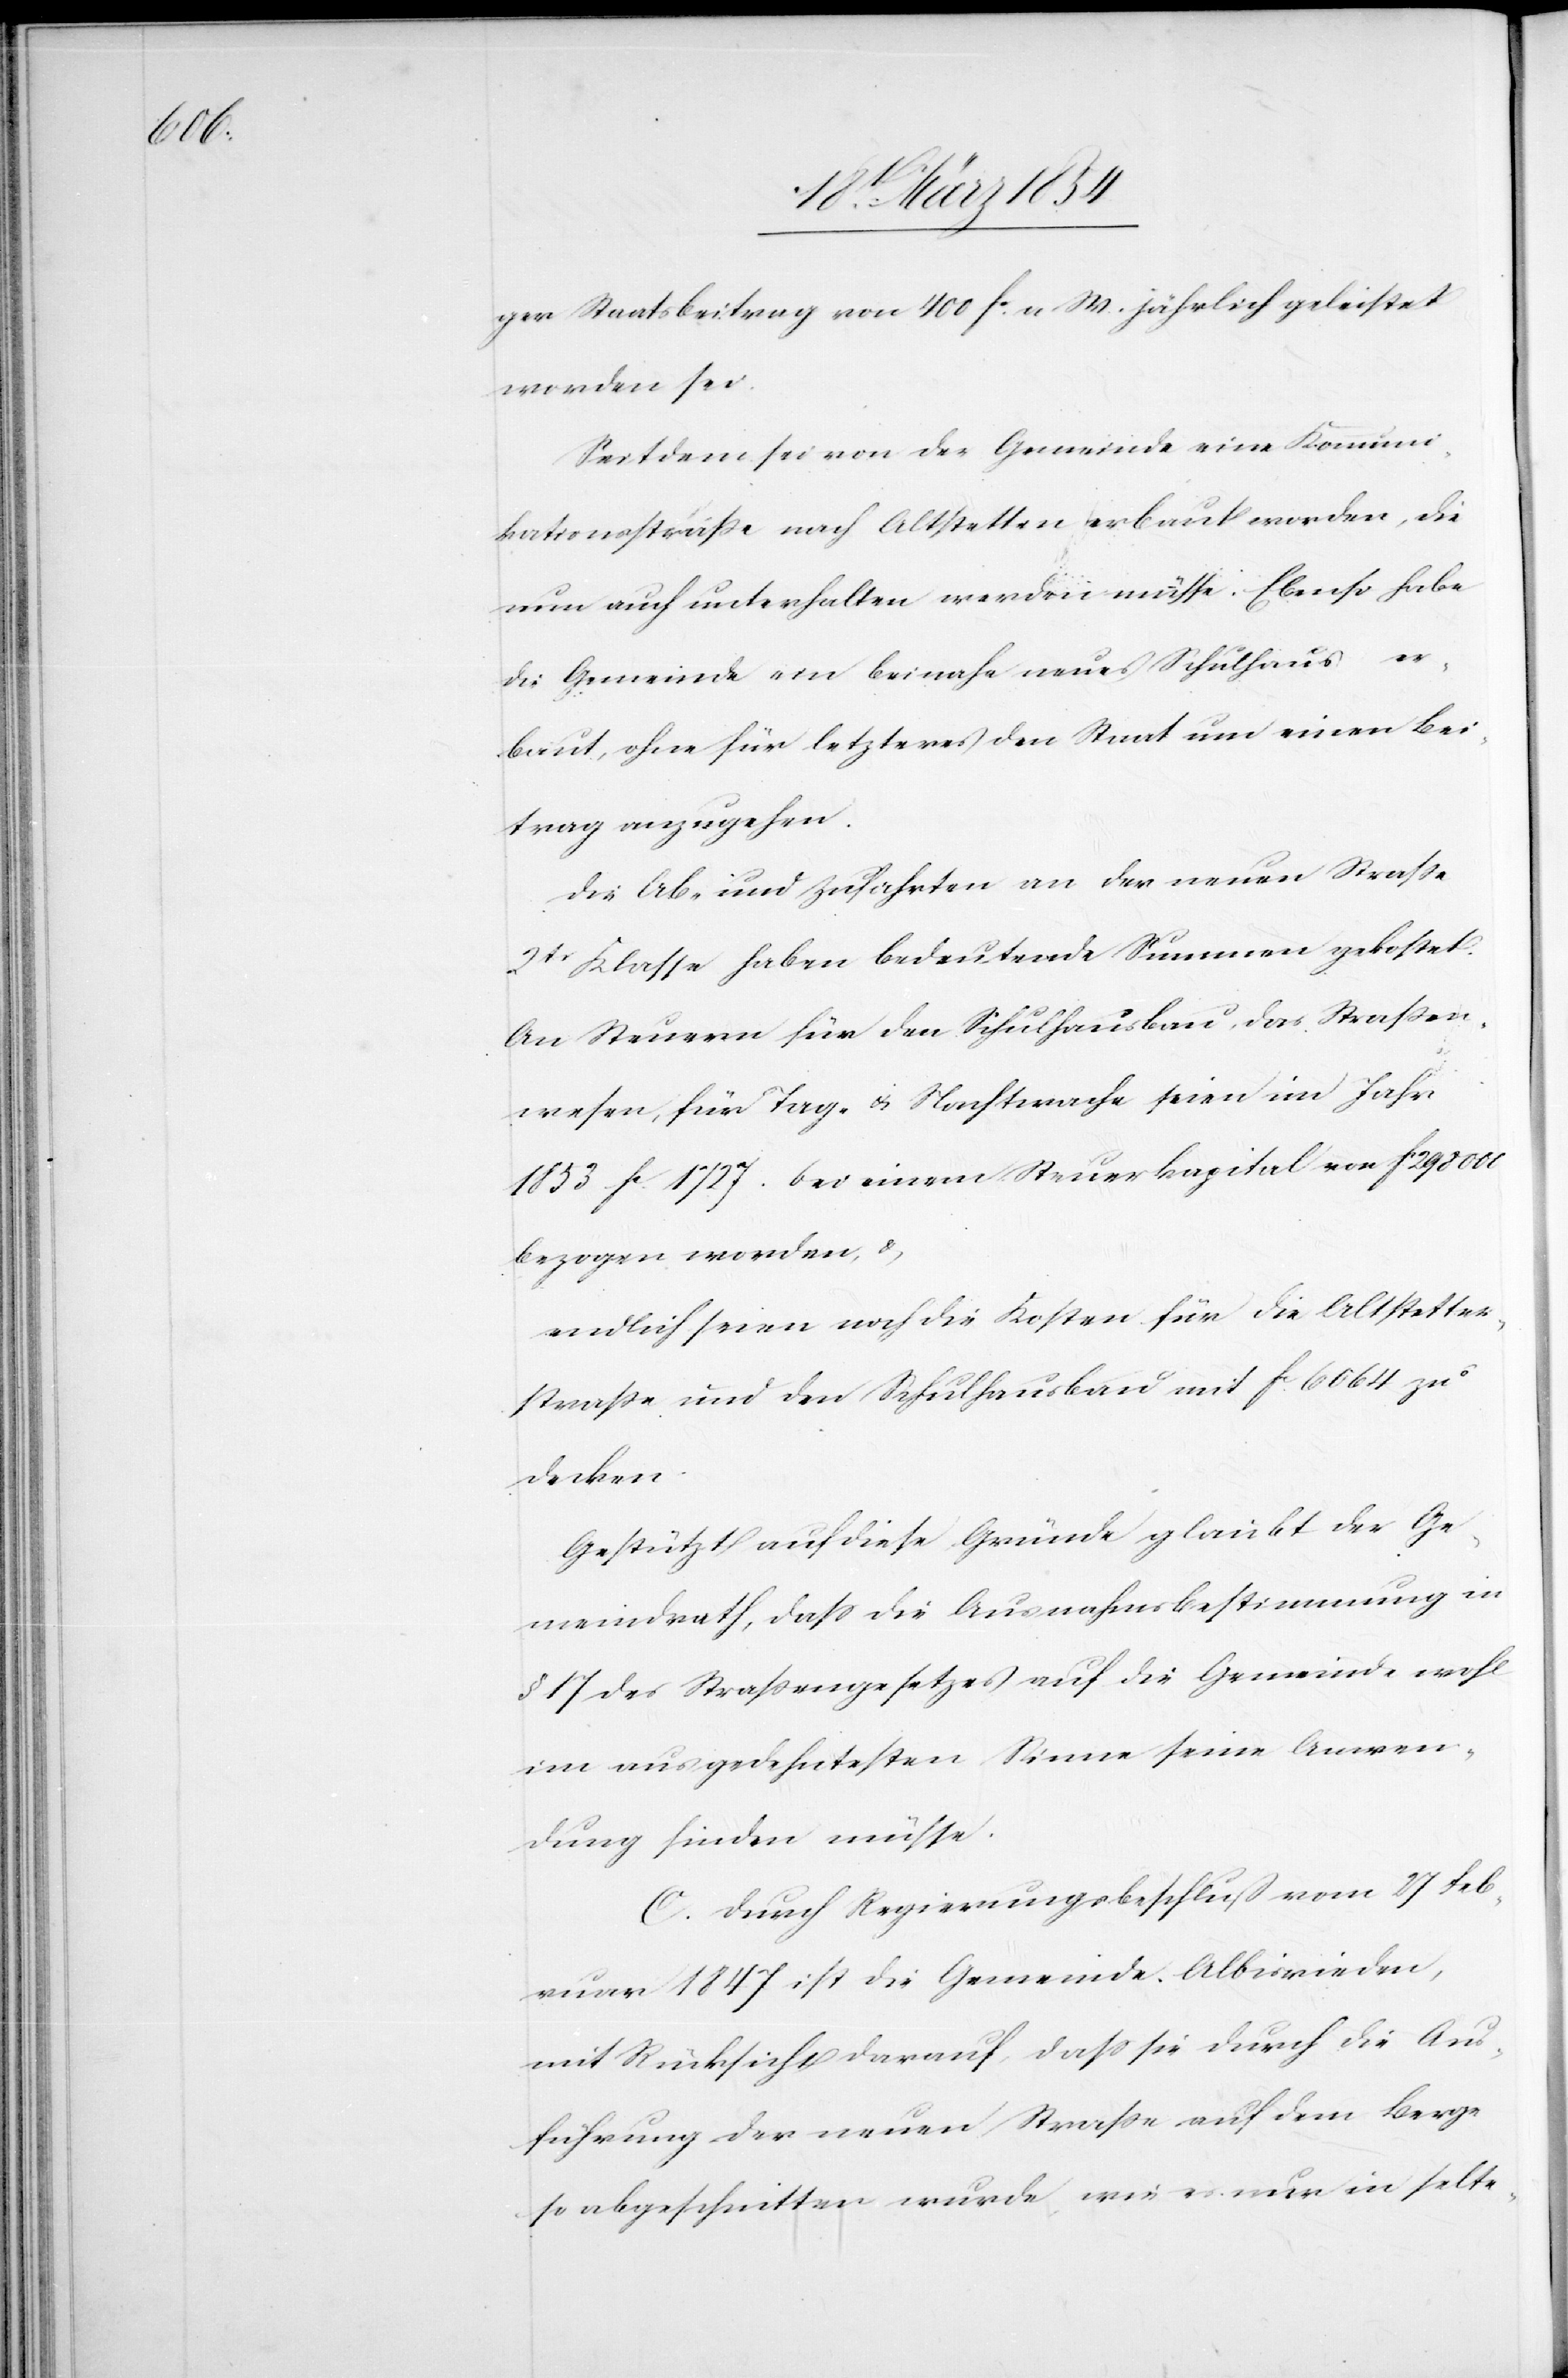
ger Staatsbeitrag von 400 Fc a M. jährlich geleistet
worden sei.
Seitdem sei von der Gemeinde eine Kommuni¬
kationsstraße nach Altstetten erbaut worden, die
neu auch unterhalten werden müsse. Ebenso habe
die Gemeinde ein beinahe neues Schulhaus er¬
baut, ohne für letzteres den Staat um einen Bei¬
trag anzugehen.
Die Ab- und Zufahrten an der neuen Straße
2tr Klasse haben bedeutende Summen gekostet.
An Steuern für den Schulhausbau, das Straßen¬
wesen, für Tag- & Nachtwache seien im Jahr
1853 Fc 1727. bei einem Steuerkapital von Fc 298 000
bezogen worden, &
endlich seien noch die Kosten für die Altstetter¬
straße und den Schulhausbau mit Fc 6064 zu
decken.
Gestützt auf diese Gründe glaubt der Ge¬
meindrath, daß die Ausnahmsbestimmung in
§ 17 des Straßengesetzes auf die Gemeinde wohl
im ausgedehntesten Sinne seine Anwen¬
dung finden müsse.
C. Durch Regierungsbeschluß vom 27 Feb¬
ruar 1847 ist die Gemeinde Albisrieden,
mit Rücksicht darauf, daß sie durch die Aus¬
führung der neuen Straße auf dem Berge
so abgeschnitten wurde, wie es nur in selte-